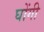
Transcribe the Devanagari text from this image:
घोंगी